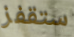
ستقفز